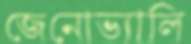
জেনোভ্যালি